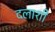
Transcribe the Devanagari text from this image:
दलाशी